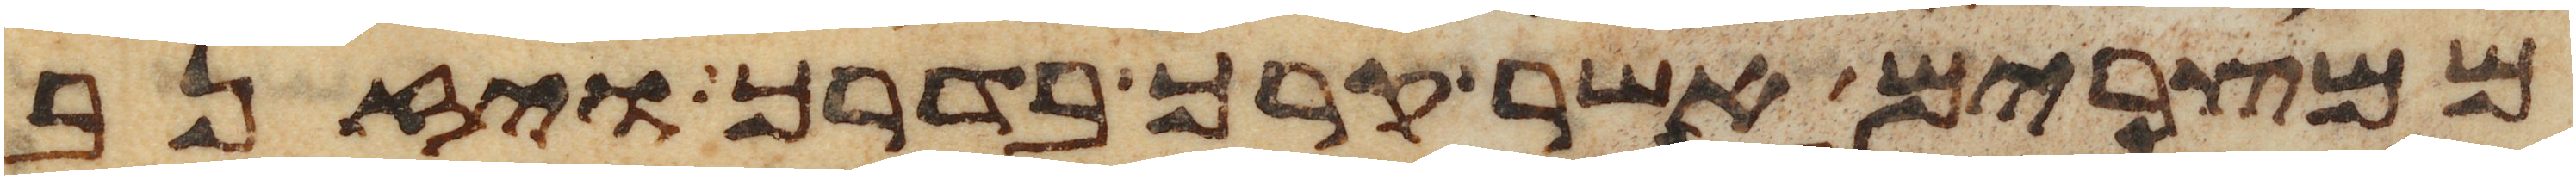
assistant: ממצרים אשר קרך בדרך ויזנב